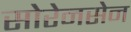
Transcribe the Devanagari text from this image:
सोरेनसेन